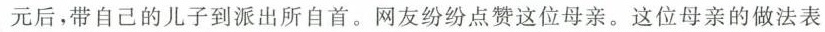
元后，带自己的儿子到派出所自首。网友纷纷点赞这位母亲。这位母亲的做法表